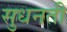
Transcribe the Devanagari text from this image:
सुधनती